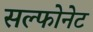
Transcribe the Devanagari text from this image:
सल्फोनेट